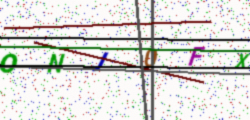
Text: ONJ0FX